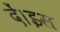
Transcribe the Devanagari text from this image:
दें।इस